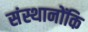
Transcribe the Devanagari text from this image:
संस्थानोंकि